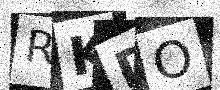
Text: RKDO